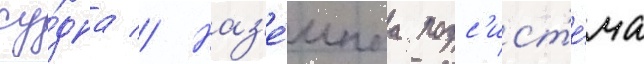
су́дна // Наз'е́мнаа подс'ист'е́ма